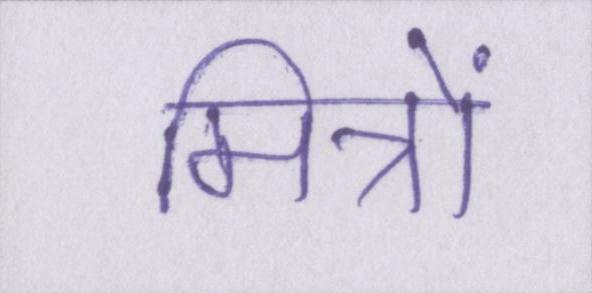
मित्रों